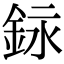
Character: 銢